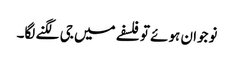
نوجوان ہوئے تو فلسفے میں جی لگنے لگا۔